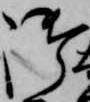
御